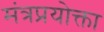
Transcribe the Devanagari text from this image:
मंत्रप्रयोक्ता